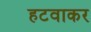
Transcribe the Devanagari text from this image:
हटवाकर